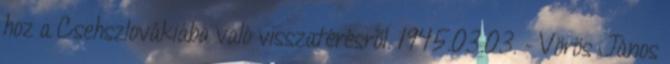
hoz a Csehszlovákiába való visszatérésrõl. 1945.03.03. - Vörös János